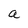
Character: a